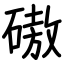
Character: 磝